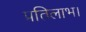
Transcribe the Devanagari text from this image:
प्रतिलाभ।